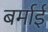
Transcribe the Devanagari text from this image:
बर्माई